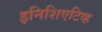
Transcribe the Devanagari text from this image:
इनिशिएटिव्ह